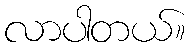
လာပါတယ်။